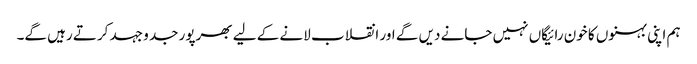
ہم اپنی بہنوں کا خون رائیگاں نہیں جانے دیں گے اور انقلاب لانے کے لیے بھرپور جد و جہد کرتے رہیں گے۔